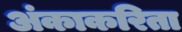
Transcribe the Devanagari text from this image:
अंकाकरिता